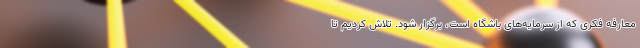
معارفه فکری که از سرمایه‌های باشگاه است، برگزار شود. تلاش کردیم تا